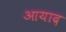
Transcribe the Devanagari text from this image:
आयाद